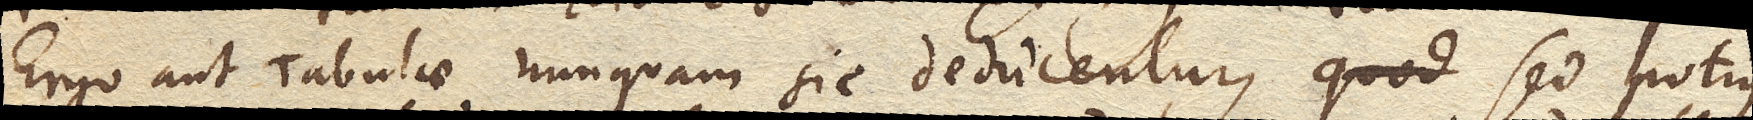
Ergo aut Tabulae nunquam sic diducentur, sed potius